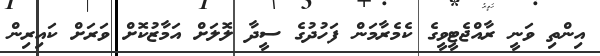
އިންތި ވަނީ ރާއްޖެޓީވީގެ ކެމެރާމަން ފަހުދުގެ ސީދާ ލޮލަށް އަމާޒުކޮށް ވަރަށް ކައިރިން